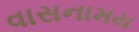
વાસનામય